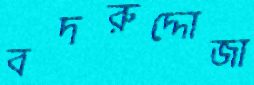
বদরুদ্দোজা